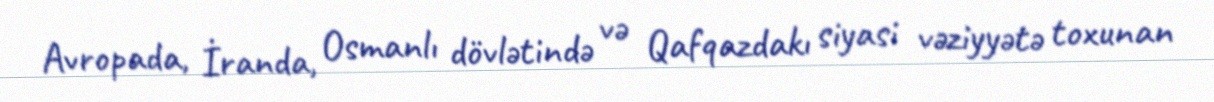
Avropada, İranda, Osmanlı dövlətində və Qafqazdakı siyasi vəziyyətə toxunan